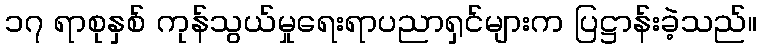
၁၇ ရာစုနှစ် ကုန်သွယ်မှုရေးရာပညာရှင်များက ပြဋ္ဌာန်းခဲ့သည်။